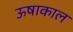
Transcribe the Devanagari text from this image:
ऊषाकाल